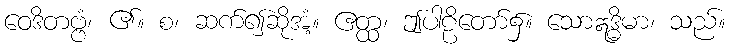
ဝေဒိတဗ္ဗံ၊ ၏။ စ၊ ဆက်၍ဆိုအံ့။ ဧတ္ထ၊ ဤပါဠိတော်၌။ သောဣဒ္ဓိမာ၊ သည်။